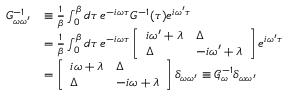
\begin{array} { r l } { G _ { \omega \omega ^ { \prime } } ^ { - 1 } } & { \equiv \frac { 1 } { \beta } \int _ { 0 } ^ { \beta } d \tau \, e ^ { - i \omega \tau } G ^ { - 1 } ( \tau ) e ^ { i \omega ^ { \prime } \tau } } \\ & { = \frac { 1 } { \beta } \int _ { 0 } ^ { \beta } d \tau \, e ^ { - i \omega \tau } \left[ \begin{array} { l l } { i \omega ^ { \prime } + \lambda } & { \Delta } \\ { \Delta } & { - i \omega ^ { \prime } + \lambda } \end{array} \right] e ^ { i \omega ^ { \prime } \tau } } \\ & { = \left[ \begin{array} { l l } { i \omega + \lambda } & { \Delta } \\ { \Delta } & { - i \omega + \lambda } \end{array} \right] \delta _ { \omega \omega ^ { \prime } } \equiv \mathcal { G } _ { \omega } ^ { - 1 } \delta _ { \omega \omega ^ { \prime } } } \end{array}